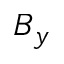
B _ { y }